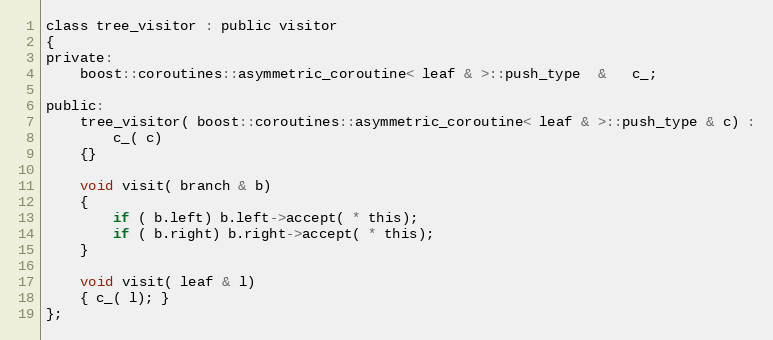
Language: C
class tree_visitor : public visitor
{
private:
    boost::coroutines::asymmetric_coroutine< leaf & >::push_type  &   c_;

public:
    tree_visitor( boost::coroutines::asymmetric_coroutine< leaf & >::push_type & c) :
        c_( c)
    {}

    void visit( branch & b)
    {
        if ( b.left) b.left->accept( * this);
        if ( b.right) b.right->accept( * this);
    }

    void visit( leaf & l)
    { c_( l); }
};